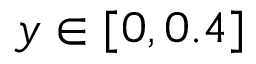
y \in [ 0 , 0 . 4 ]